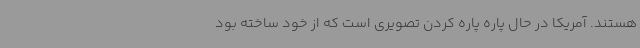
هستند. آمریکا در حال پاره پاره کردن تصویری است که از خود ساخته بود